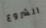
الشروع